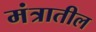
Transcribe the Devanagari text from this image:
मंत्रातील